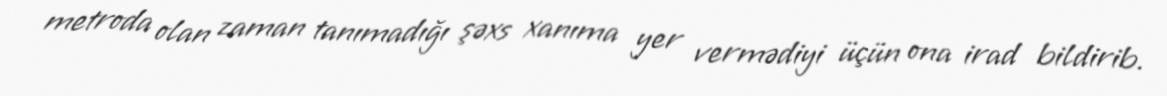
metroda olan zaman tanımadığı şəxs xanıma yer vermədiyi üçün ona irad bildirib.